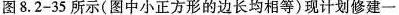
图8.2-35所示(图中小正方形的边长均相等)现计划修建一